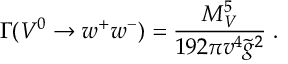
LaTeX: \Gamma ( V ^ { 0 } \to w ^ { + } w ^ { - } ) = { \frac { M _ { V } ^ { 5 } } { 1 9 2 \pi v ^ { 4 } \tilde { g } ^ { 2 } } } \; .